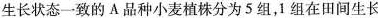
生长状态一致的A品种小麦植株分为5组，1组在田间生长